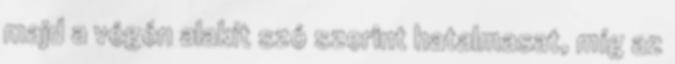
majd a végén alakít szó szerint hatalmasat, míg az